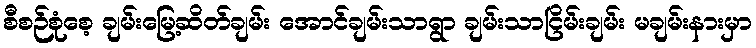
စီစဉ်စုံစေ့ ချမ်းမြေ့ဆိတ်ချမ်း အောင်ချမ်းသာရွာ ချမ်းသာငြိမ်းချမ်း မချမ်းနားမှာ